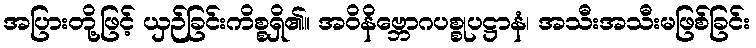
အပြားတို့ဖြင့် ယှဉ်ခြင်းကိစ္စရှိ၏။ အဝိနိဗ္ဘောဂပစ္စုပဋ္ဌာနံ၊ အသီးအသီးမဖြစ်ခြင်း